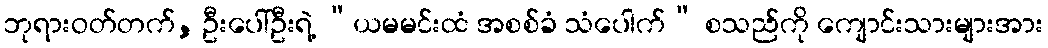
ဘုရားဝတ်တက်, ဦးပေါ်ဦးရဲ့ “ယမမင်းထံ အစစ်ခံ သံပေါက်” စသည်ကို ကျောင်းသားများအား